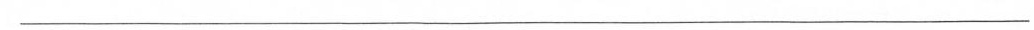
___